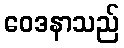
ဝေဒနာသည်